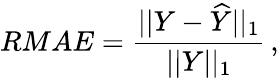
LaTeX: RMAE=\frac{||Y-\widehat{Y}||_{1}}{||Y||_{1}}\, ,